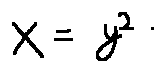
x = y ^ { 2 }